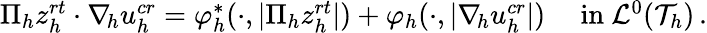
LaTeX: \begin{array}{r}{\Pi_{h}z_{h}^{\textit{rt}}\cdot\nabla_{\! h}u_{h}^{\textit{cr}}=\varphi_{h}^{*}(\cdot,\vert\Pi_{h}z_{h}^{\textit{rt}}\vert)+\varphi_{h}(\cdot,\vert\nabla_{\! h}u_{h}^{\textit{cr}}\vert)\quad\mathrm{~in~}\mathcal{L}^{0}(\mathcal{T}_{h})\, .}\end{array}